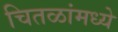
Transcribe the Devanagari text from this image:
चितळांमध्ये